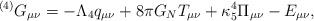
LaTeX: \begin{align*}{}^{(4)}G_{\mu\nu}= -\Lambda_4 q_{\mu\nu}+8\pi G_N T_{\mu\nu}+\kappa_5^4 \Pi_{\mu\nu}-E_{\mu\nu},\end{align*}